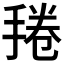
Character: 𱠔